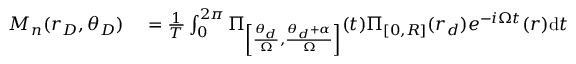
\begin{array} { r l } { M _ { n } ( r _ { D } , \theta _ { D } ) } & { { } = \frac { 1 } { T } \int _ { 0 } ^ { 2 \pi } \Pi _ { \left[ \frac { \theta _ { d } } { \Omega } , \frac { \theta _ { d } + \alpha } { \Omega } \right] } ( t ) \Pi _ { [ 0 , R ] } ( r _ { d } ) e ^ { - i \Omega t } ( r ) \mathrm { d } t } \end{array}